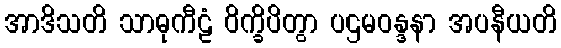
အာဒိသတိ သာဓုကီဠံ ဝိက္ခိပိတွာ ပဌမဝန္ဒနာ အပနီယတိ